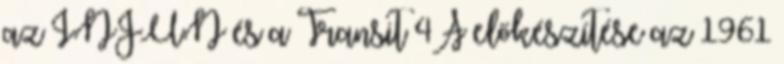
az INJUN és a Transit 4A előkészítése az 1961